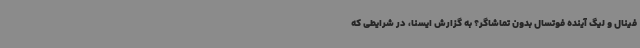
فینال و لیگ آینده فوتسال بدون تماشاگر؟ به گزارش ایسنا، در شرایطی که